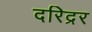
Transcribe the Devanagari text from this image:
दरिद्रर